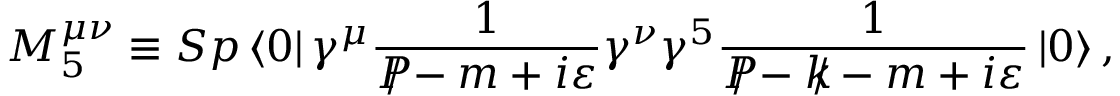
M _ { 5 } ^ { \mu \nu } \equiv S p \left\langle 0 \right| \gamma ^ { \mu } \frac { 1 } { { \cal P } \! \! \! \! / - m + i \varepsilon } \gamma ^ { \nu } \gamma ^ { 5 } \frac { 1 } { { \cal P } \! \! \! \! / - k \! \! \! / - m + i \varepsilon } \left| 0 \right\rangle ,